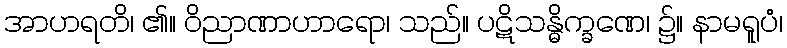
အာဟရတိ၊ ၏။ ဝိညာဏာဟာရော၊ သည်။ ပဋိသန္ဓိက္ခဏေ၊ ၌။ နာမရူပံ၊